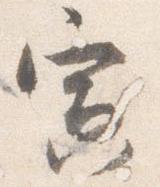
寅